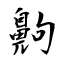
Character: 齁